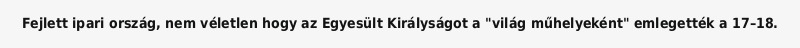
Fejlett ipari ország, nem véletlen hogy az Egyesült Királyságot a "világ műhelyeként" emlegették a 17–18.